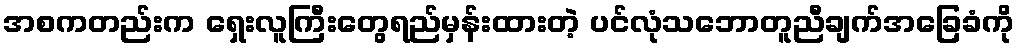
အစကတည်းက ရှေးလူကြီးတွေရည်မှန်းထားတဲ့ ပင်လုံသဘောတူညီချက်အခြေခံကို